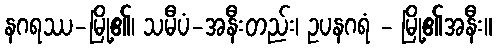
နဂရဿ-မြို့၏၊ သမီပံ-အနီးတည်း၊ ဥပနဂရံ - မြို့၏အနီး။